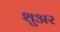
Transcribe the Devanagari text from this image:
शुअर